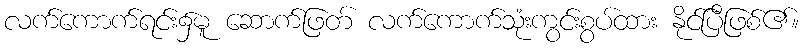
လက်ကောက်ရင်း၌မူ ဆောက်ဖြတ် လက်ကောက်သုံးကွင်းစွပ်ထား နိုင်ပြီဖြစ်၏။